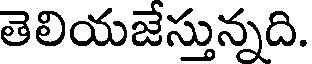
తెలియజేస్తున్నది.